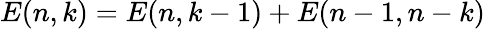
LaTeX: E(n,k)=E(n,k-1)+E(n-1,n-k)